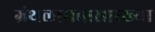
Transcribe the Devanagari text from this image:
ग्रंथलाघवासारख्या